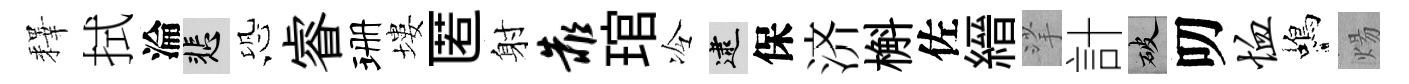
釋拭淪悲恐睿珊塿匿射靠琯冷逮保济槲佐縉挲計破叨恤蝎煬